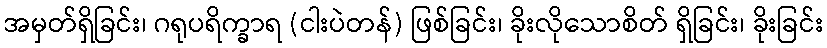
အမှတ်ရှိခြင်း၊ ဂရုပရိက္ခာရ (ငါးပဲတန်) ဖြစ်ခြင်း၊ ခိုးလိုသောစိတ် ရှိခြင်း၊ ခိုးခြင်း